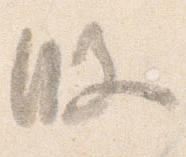
段